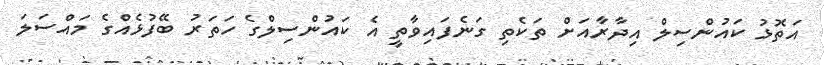
އަތޮޅު ކައުންސިލް އިދާރާއަށް ތަކެތި ގަނެފައިވާތީ އެ ކައުންސިލްގެ ހަތަރު ބޭފުޅެއްގެ މައްސަލަ